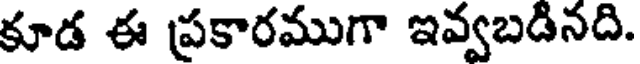
కూడ ఈ ప్రకారముగా ఇవ్వబడినది.